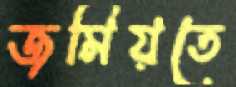
জমিয়তে